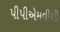
પીપીએમવીથી